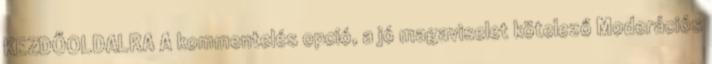
KEZDŐOLDALRA A kommentelés opció, a jó magaviselet kötelező Moderációs